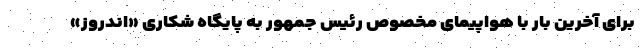
برای آخرین بار با هواپیمای مخصوص رئیس جمهور به پایگاه شکاری «اندروز»